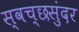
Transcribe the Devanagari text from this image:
स्वच्छसुंदर